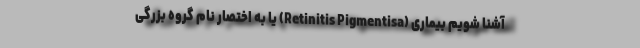
آشنا شویم بیماری (Retinitis Pigmentisa) یا به اختصار نام گروه بزرگی